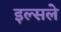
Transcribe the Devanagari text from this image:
इल्सले